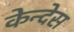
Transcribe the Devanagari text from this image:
केन्देस